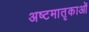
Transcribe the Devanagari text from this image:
अष्टमातृकाओं